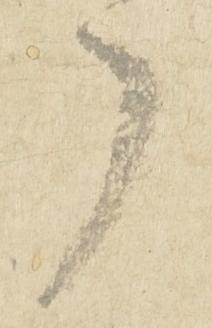
了